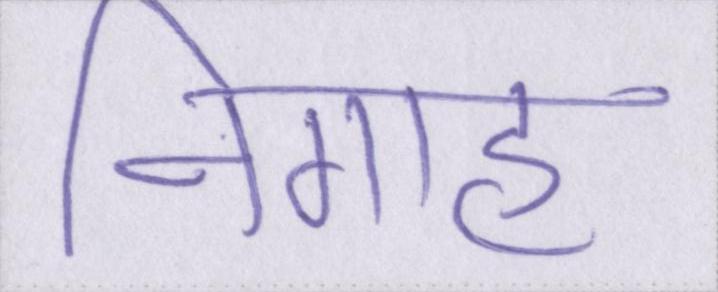
निगाह